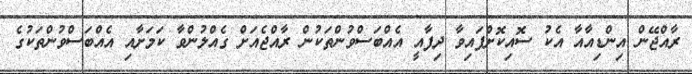
ރާއްޖޭން އިންޑިއާއާ އެކު ސޮއިކޮށްފައިވާ ދިފާއީ އެއްބަސްވުންތަކުން ރާއްޖެއަަށް ގެއްލުންވާ ކަމަށާއި އެއްބަސްވުންތަކުގެ